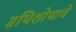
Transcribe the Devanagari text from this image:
ग्रंथिशोथाचे